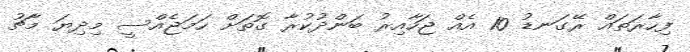
ފިހާރަތައް ރޭގަނޑު 10 އެއް ޖަހާއިރު ބަންދުކުރާ ގޮތަށް ހަމަޖެއްސީ މިދިޔަ މާޗު